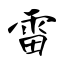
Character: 雷